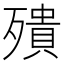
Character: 殨